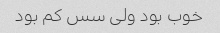
خوب بود ولی سس کم بود